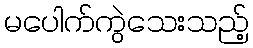
မပေါက်ကွဲသေးသည့်